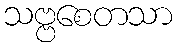
သဗ္ဗစေတသာ